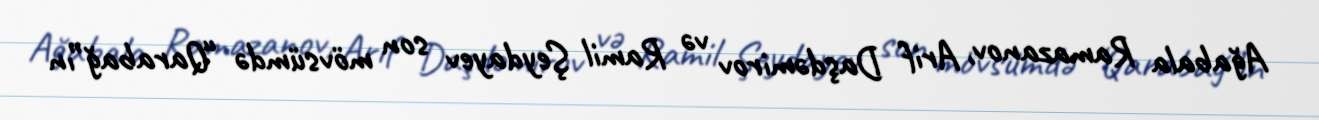
Ağabala Ramazanov, Arif Daşdəmirov və Ramil Şeydayev son mövsümdə “Qarabağ”ın